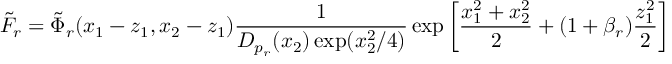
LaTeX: \tilde { F } _ { r } = \tilde { \Phi } _ { r } ( x _ { 1 } - z _ { 1 } , x _ { 2 } - z _ { 1 } ) \frac { 1 } { D _ { p _ { r } } ( x _ { 2 } ) \exp ( x _ { 2 } ^ { 2 } / 4 ) } \exp \left[ \frac { x _ { 1 } ^ { 2 } + x _ { 2 } ^ { 2 } } { 2 } + ( 1 + \beta _ { r } ) \frac { z _ { 1 } ^ { 2 } } { 2 } \right]